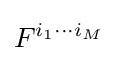
F^{i_{1}\cdots i_{M}}